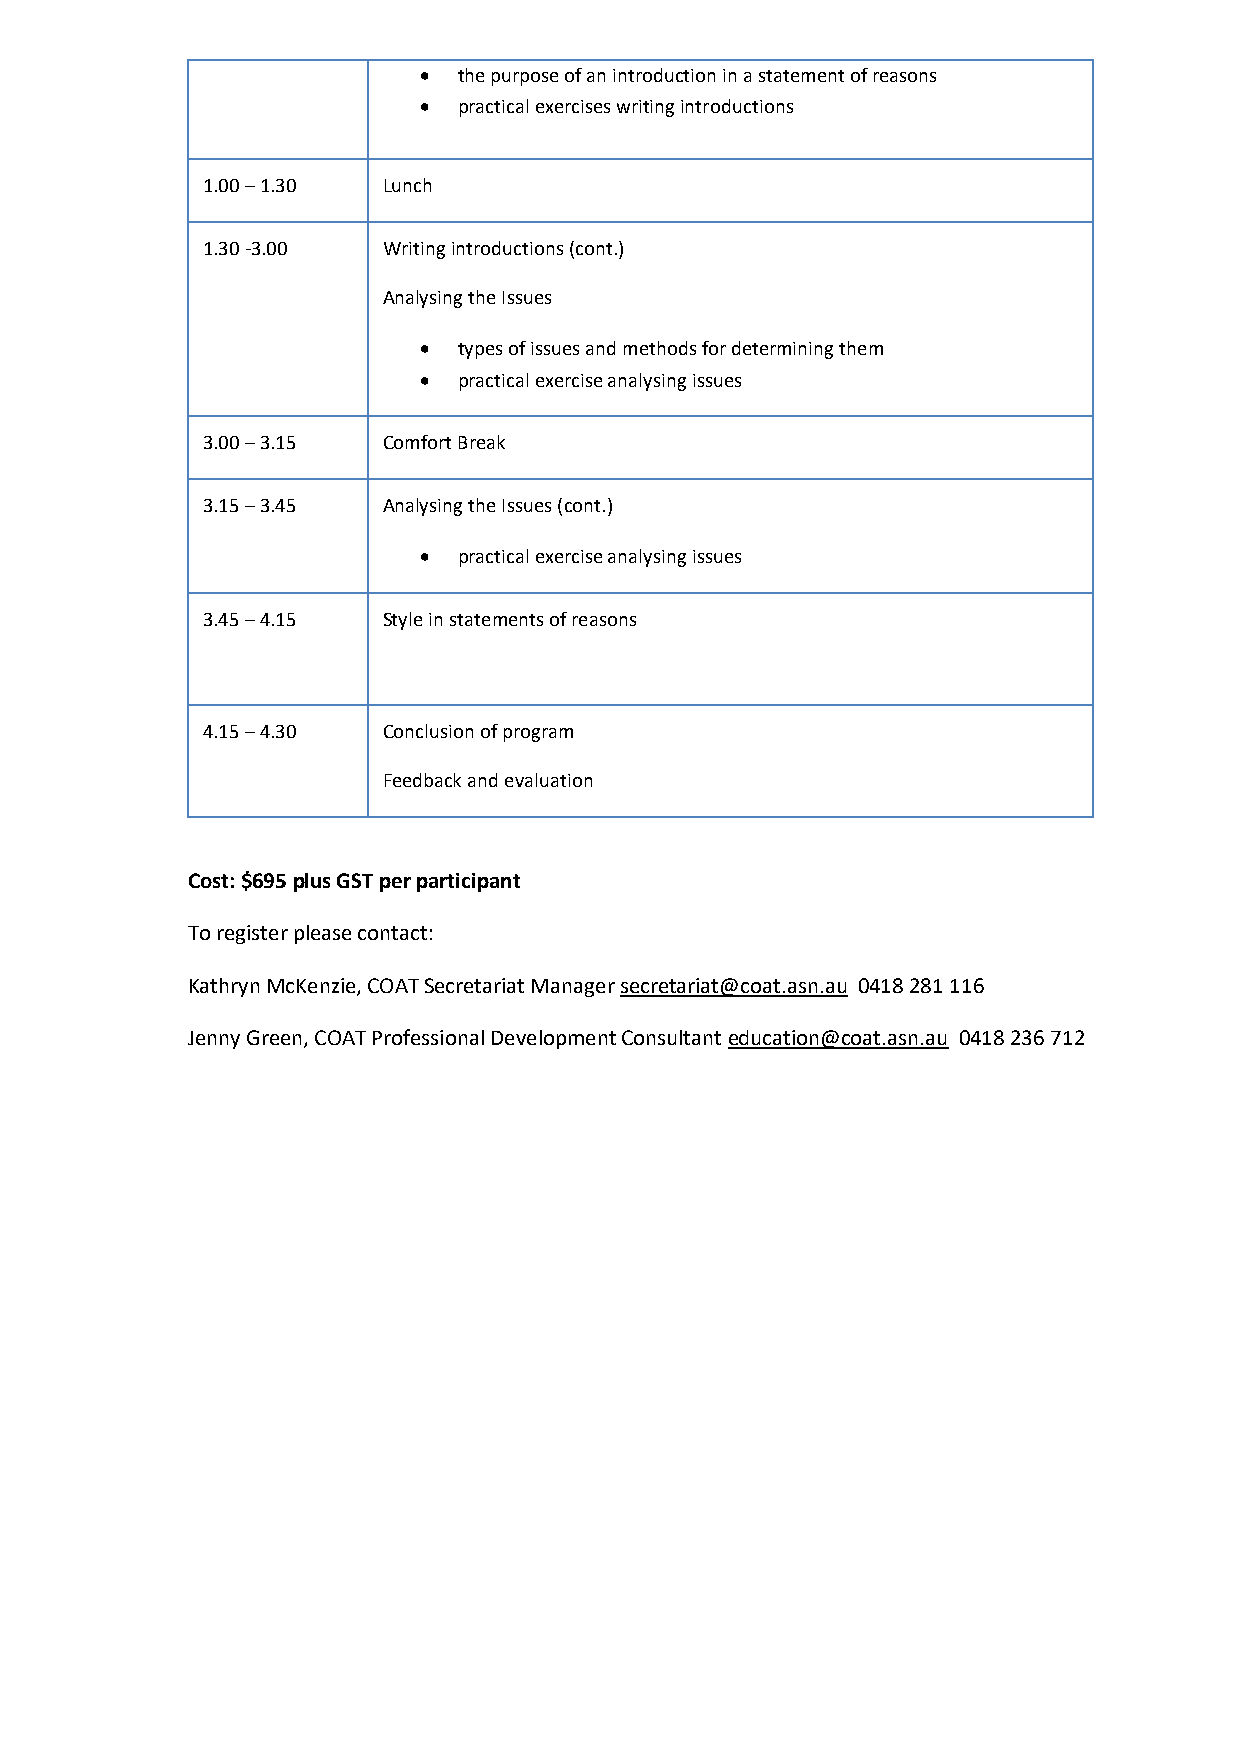
• the purpose of an introduction in a statement of reasons
 • practical exercises writing introductions
 1.00 – 1.30 Lunch
 1.30 -3.00  Writing introductions (cont.)
 Analysing the Issues
 • types of issues and methods for determining them
 • practical exercise analysing issues
 3.00 – 3.15 Comfort Break
 3.15 – 3.45 Analysing the Issues (cont.)
 • practical exercise analysing issues
 3.45 – 4.15 Style in statements of reasons
 4.15 – 4.30 Conclusion of program
 Feedback and evaluation
 Cost: $695 plus GST per participant
 To register please contact:
 Kathryn McKenzie, COAT Secretariat Manager secretariat@coat.asn.au 0418 281 116
 Jenny Green, COAT Professional Development Consultant education@coat.asn.au 0418 236 712